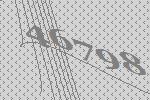
46798